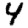
Digit: 4